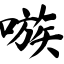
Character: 嗾